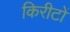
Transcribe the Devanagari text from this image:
किरीटों